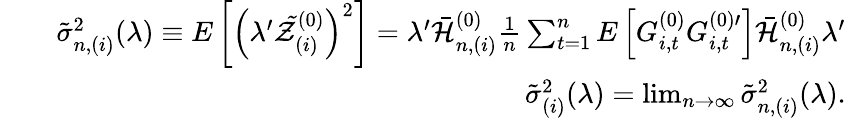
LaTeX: \begin{array}{rlr}&{}&{\tilde{\sigma}_{n,(i)}^{2}(\lambda)\equiv E\left[\left(\lambda^{\prime}\mathcal{\tilde{Z}}_{(i)}^{(0)}\right)^{2}\right]=\lambda^{\prime}\mathcal{\bar{H}}_{n,(i)}^{(0)}\frac{1}{n}\sum_{t=1}^{n}E\left[G_{i,t}^{(0)}G_{i,t}^{(0)\prime}\right]\mathcal{\bar{H}}_{n,(i)}^{(0)}\lambda^{\prime}}\\ &{}&{\tilde{\sigma}_{(i)}^{2}(\lambda)=\operatorname*{lim}_{n\rightarrow\infty}\tilde{\sigma}_{n,(i)}^{2}(\lambda).}\end{array}